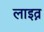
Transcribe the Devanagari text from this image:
लाइत्न